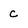
Character: C